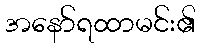
အနော်ရထာမင်း၏